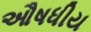
ઔષધીય